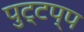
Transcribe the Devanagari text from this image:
पुट्टप्प